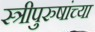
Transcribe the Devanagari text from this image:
स्त्रीपुरुषांच्या